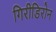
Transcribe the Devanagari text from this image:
गिरीडिरोन